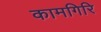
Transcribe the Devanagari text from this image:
कामगिरि